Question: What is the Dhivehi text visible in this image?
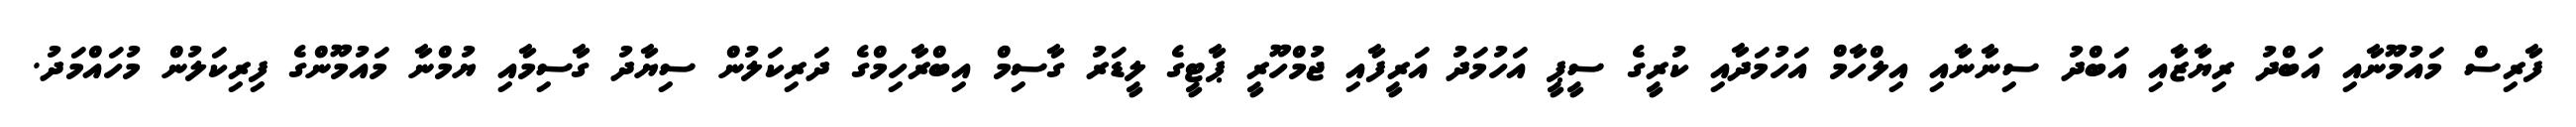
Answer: ފާރިސް މައުމޫނާއި އަބްދު ރިޔާޒާއި އަބްދު ސިނާނާއި އިލްހާމް އަހުމަދާއި ކުރީގެ ސީޕީ އަހުމަދު އަރީފާއި ޖުމްހޫރީ ޕާޓީގެ ލީޑަރު ގާސިމް އިބްރާހިމްގެ ދަރިކަލުން ސިޔާދު ގާސިމާއި ޔުމްނާ މައުމޫންގެ ފިރިކަލުން މުހައްމަދު.